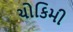
ચોકિમી